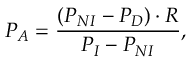
P _ { A } = \frac { ( P _ { N I } - P _ { D } ) \cdot R } { P _ { I } - P _ { N I } } ,